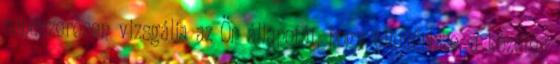
rendszeresen vizsgálja az Ön állapotát, hogy ellenőrizze, a kezelés